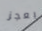
يعجز